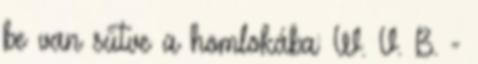
be van sütve a homlokába: W. V. B. -